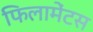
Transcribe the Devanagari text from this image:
फिलामेंटस